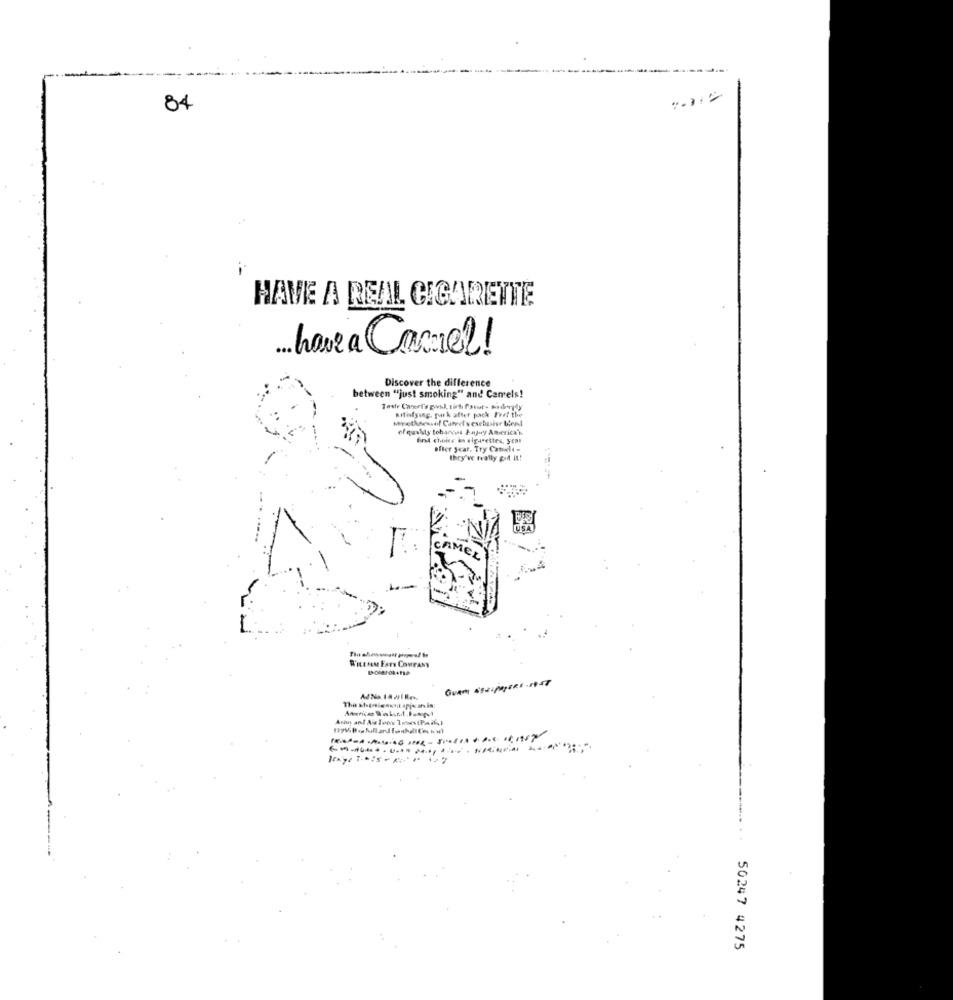
-
--
84
HAVE A REAL CIGARETTE
... havea Carnel!
Discover the difference
between "just smoking" and Camels!
Milofying, pork after pack Fref the
Minethnessof Camel's exebulur blend
of quality tobaross Anyuy America's
find choice is cigarettes, yCa!
ofier year. Try Canici -
they've trally gid it!
50247 4275